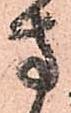
方